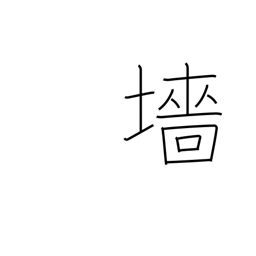
Meaning: hedge